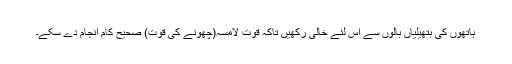
ہاتھوں کی ہتھیلیاں بالوں سے اِس لئے خالی رکھیں تاکہ قوتِ لامسہ(چھونے کی قوت) صحیح کام انجام دے سکے۔